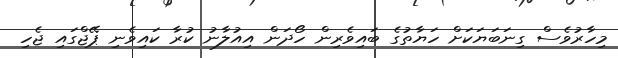
މިހާރުވެސް ގިނަބަޔަކަށް ހަޔާތުގެ ބައިވެރިން ހޯދަން އިއުލާނު ކުރާ ކައިވެނި ޕޭޖްގައި ޖެހި